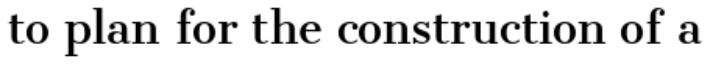
to plan for the construction of a